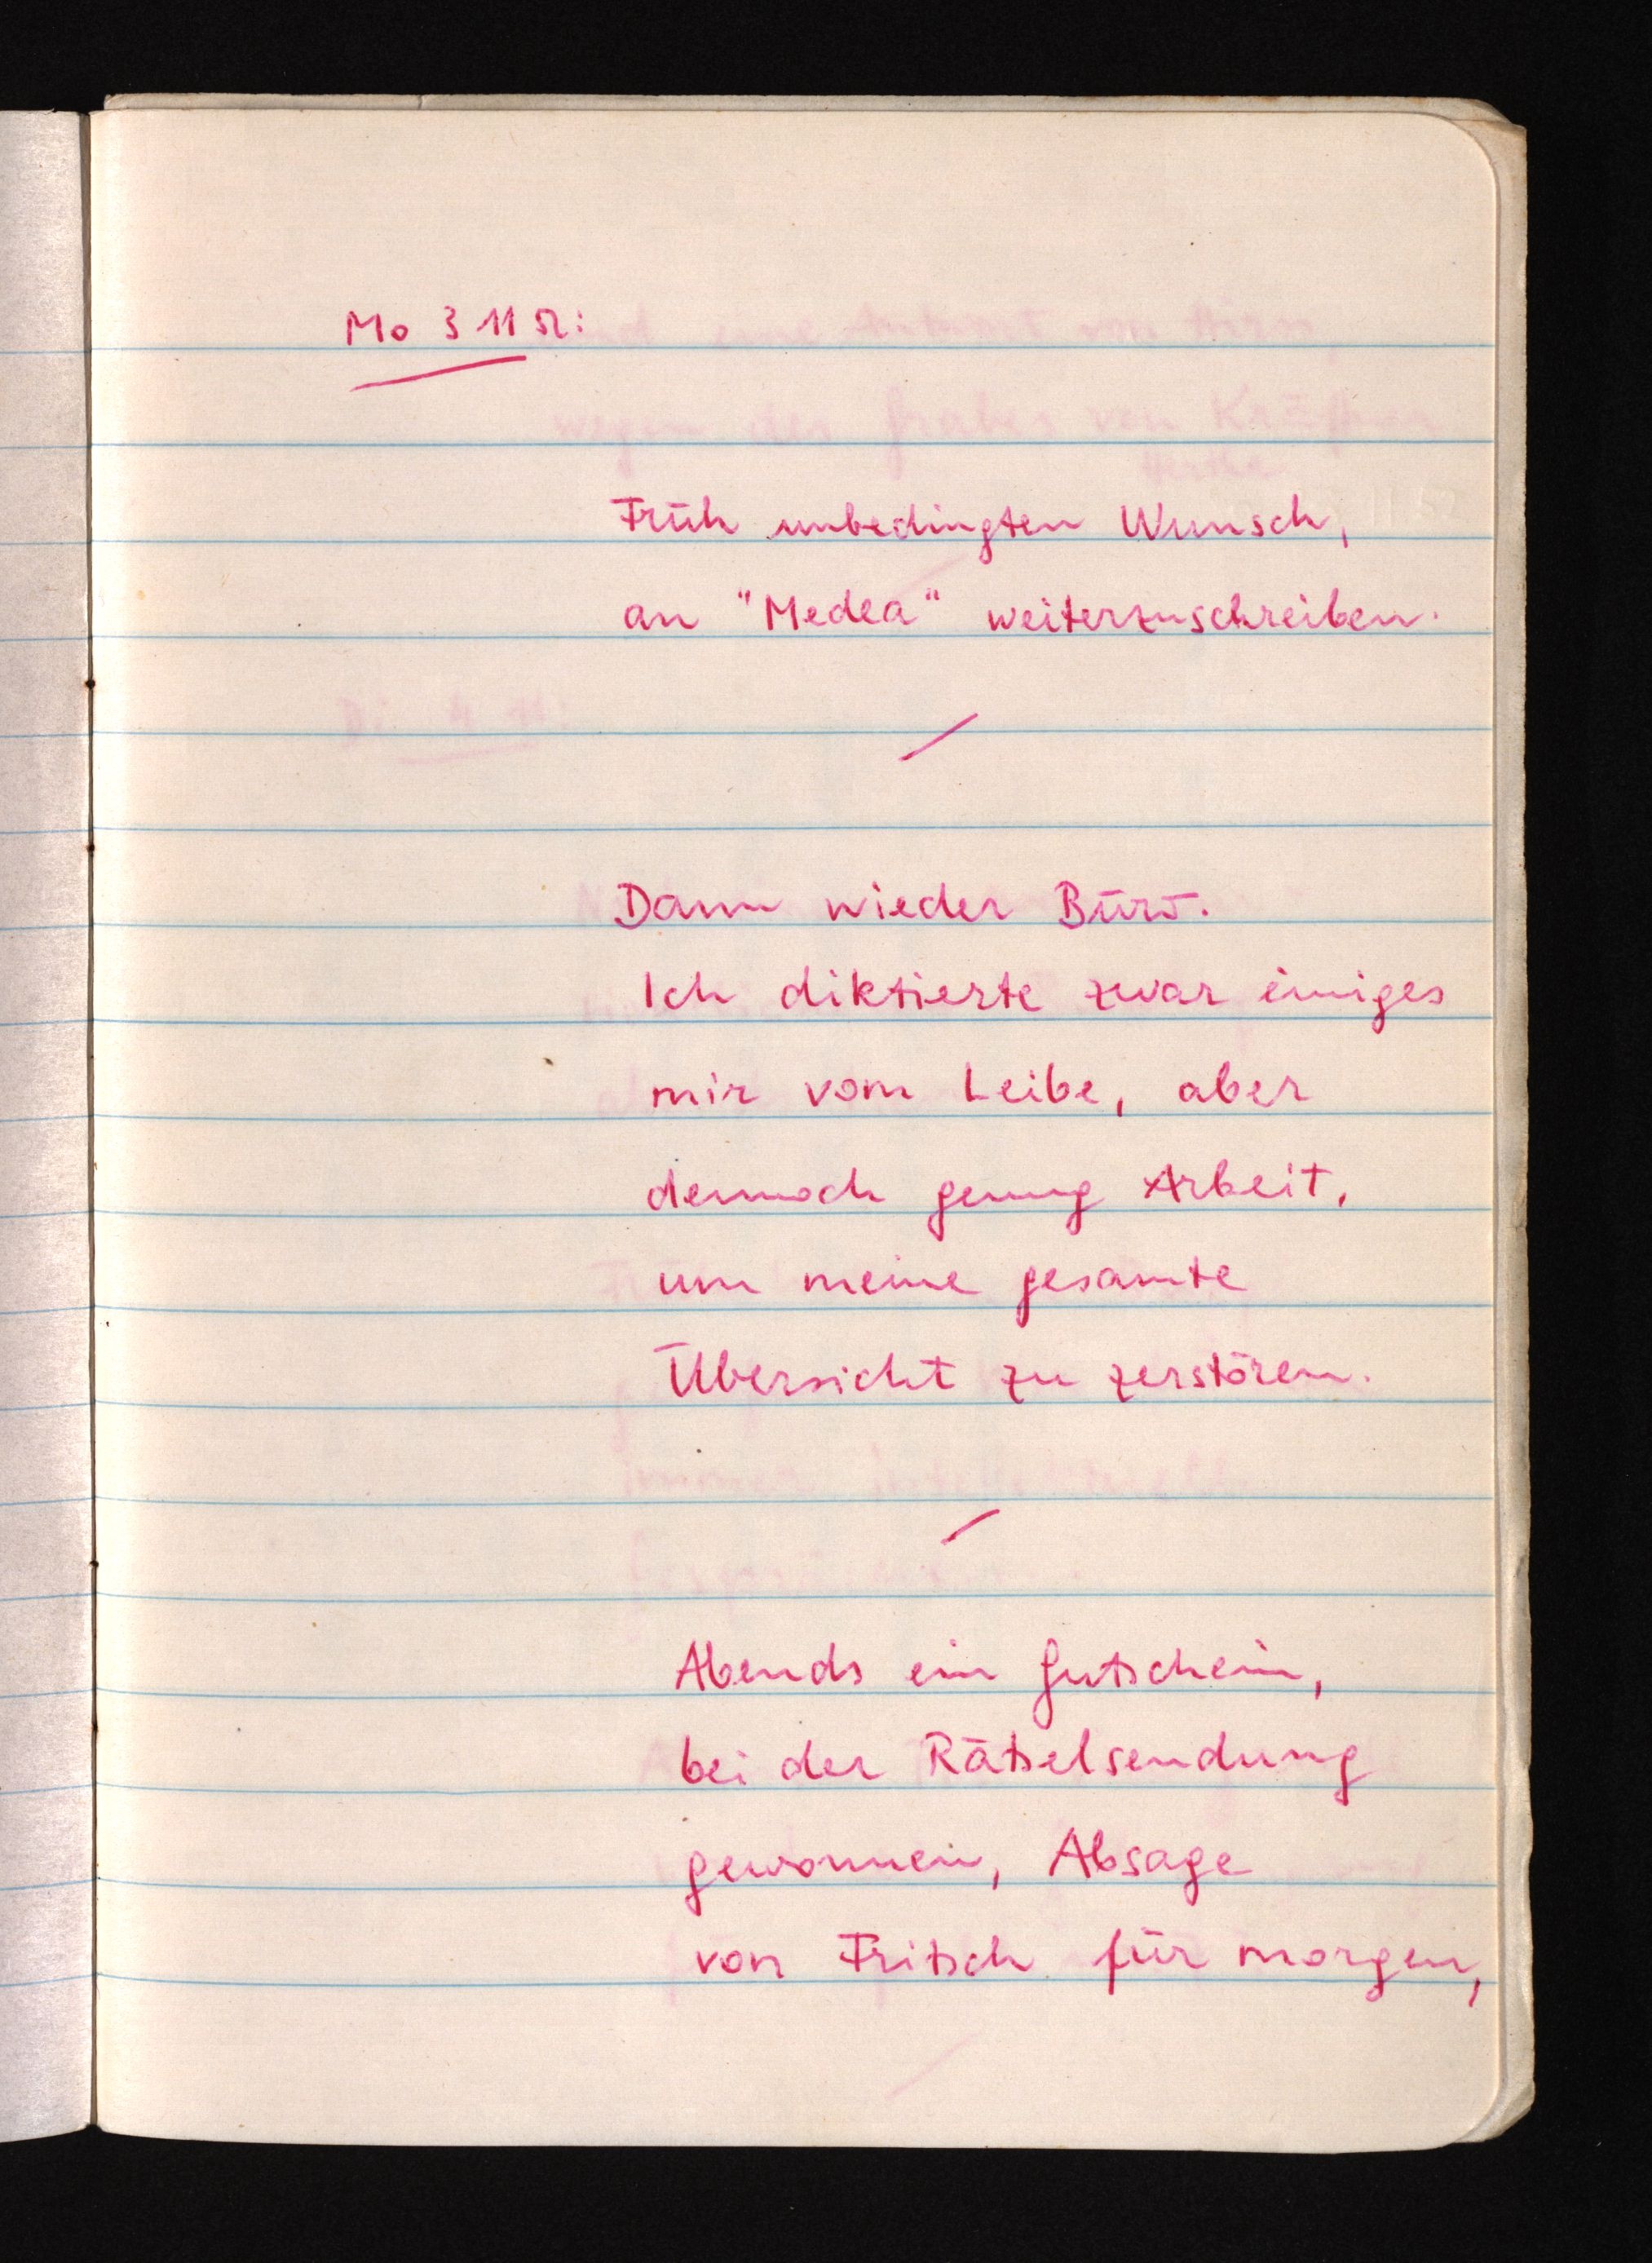
Mo 3 11 52:
Früh unbedingten Wunsch,
an "Medea" weiterzuschreiben.
Dann wieder Büro.
Ich diktierte zwar einiges
mir vom Leibe, aber
dennoch genug Arbeit,
um meine gesamte
Übersicht zu zerstören.
Abends ein Gutschein,
bei der Rätselsendung
gewonnen, Absage
von Fritsch für morgen,